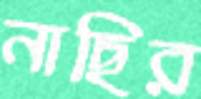
নাছির